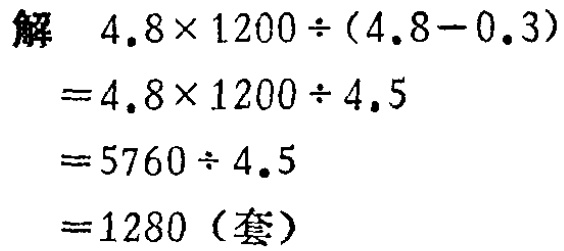
解
\[
\begin{align*}
&4.8\times1200\div(4.8 - 0.3)\\
=&4.8\times1200\div4.5\\
=&5760\div4.5\\
=&1280 \text{（套）}
\end{align*}
\]